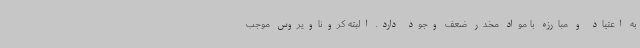
به اعتیاد و مبارزه با مواد مخدر ضعف وجود دارد. البته کروناویروس موجب